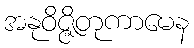
အနုဝိဇ္ဇိတုကာမေန